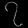
Digit: ၇